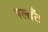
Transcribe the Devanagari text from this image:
पलाँट